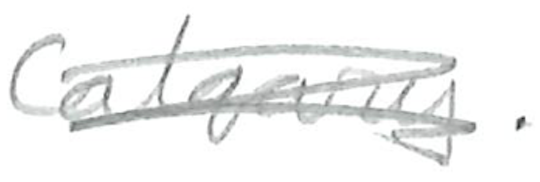
Text: Calgary.
Cross-out: scratch
Writing tool: pencil